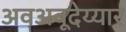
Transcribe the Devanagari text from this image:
अवअवूदेय्यार